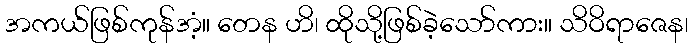
အကယ်ဖြစ်ကုန်အံ့။ တေန ဟိ၊ ထိုသို့ဖြစ်ခဲ့သော်ကား။ သိဝိရာဇေန၊